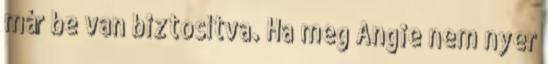
már be van biztosítva. Ha meg Angie nem nyer